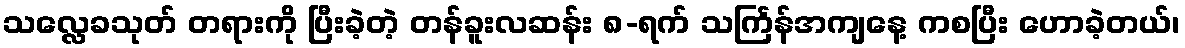
သလ္လေခသုတ် တရားကို ပြီးခဲ့တဲ့ တန်ခူးလဆန်း ၈-ရက် သင်္ကြန်အကျနေ့ ကစပြီး ဟောခဲ့တယ်၊